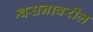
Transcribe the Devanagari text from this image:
श्वसनावरील